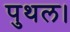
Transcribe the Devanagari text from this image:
पुथल।